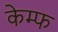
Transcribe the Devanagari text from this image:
केम्फ